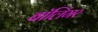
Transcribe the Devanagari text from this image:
बॉलिंगर